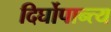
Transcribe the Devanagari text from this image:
दिर्घोपान्त्य